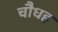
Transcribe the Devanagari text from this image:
चौधह